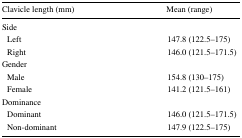
<table><thead><tr><td><b>Clavicle length (mm)</b></td><td><b>Mean (range)</b></td></tr></thead><tbody><tr><td colspan="2">Side</td></tr><tr><td> Left</td><td>147.8 (122.5–175)</td></tr><tr><td> Right</td><td>146.0 (121.5–171.5)</td></tr><tr><td colspan="2">Gender</td></tr><tr><td> Male</td><td>154.8 (130–175)</td></tr><tr><td> Female</td><td>141.2 (121.5–161)</td></tr><tr><td colspan="2">Dominance</td></tr><tr><td> Dominant</td><td>146.0 (121.5–171.5)</td></tr><tr><td> Non-dominant</td><td>147.9 (122.5–175)</td></tr></tbody></table>